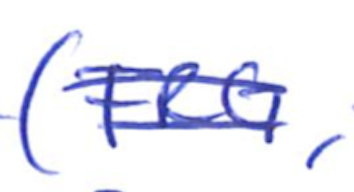
Text: (FRG,
Cross-out: mix
Writing tool: ballpoint